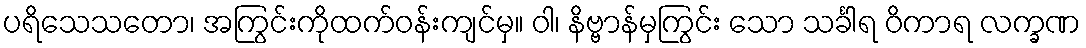
ပရိသေသတော၊ အကြွင်းကိုထက်ဝန်းကျင်မှ။ ဝါ၊ နိဗ္ဗာန်မှကြွင်း သော သင်္ခါရ ဝိကာရ လက္ခဏ